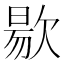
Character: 𭭐